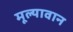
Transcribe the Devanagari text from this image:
मूल्‍यावान